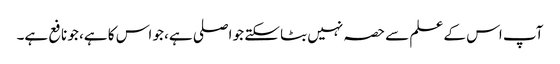
آپ اس کے علم سے حصہ نہیں بٹا سکتے جو اصلی ہے، جو اس کا ہے، جو نافع ہے۔